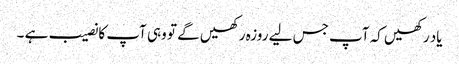
یاد رکھیں کہ آپ جس لیے روزہ رکھیں گے تو وہی آپ کا نصیب ہے ۔